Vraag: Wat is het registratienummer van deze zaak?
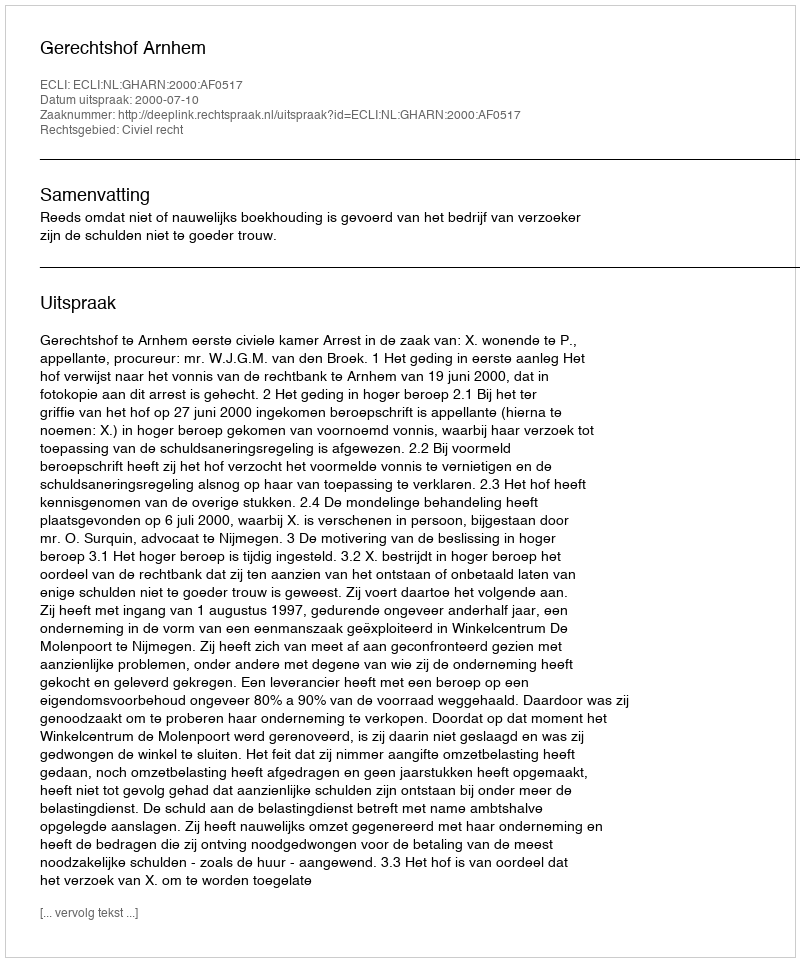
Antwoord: http://deeplink.rechtspraak.nl/uitspraak?id=ECLI:NL:GHARN:2000:AF0517